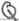
Text: Q